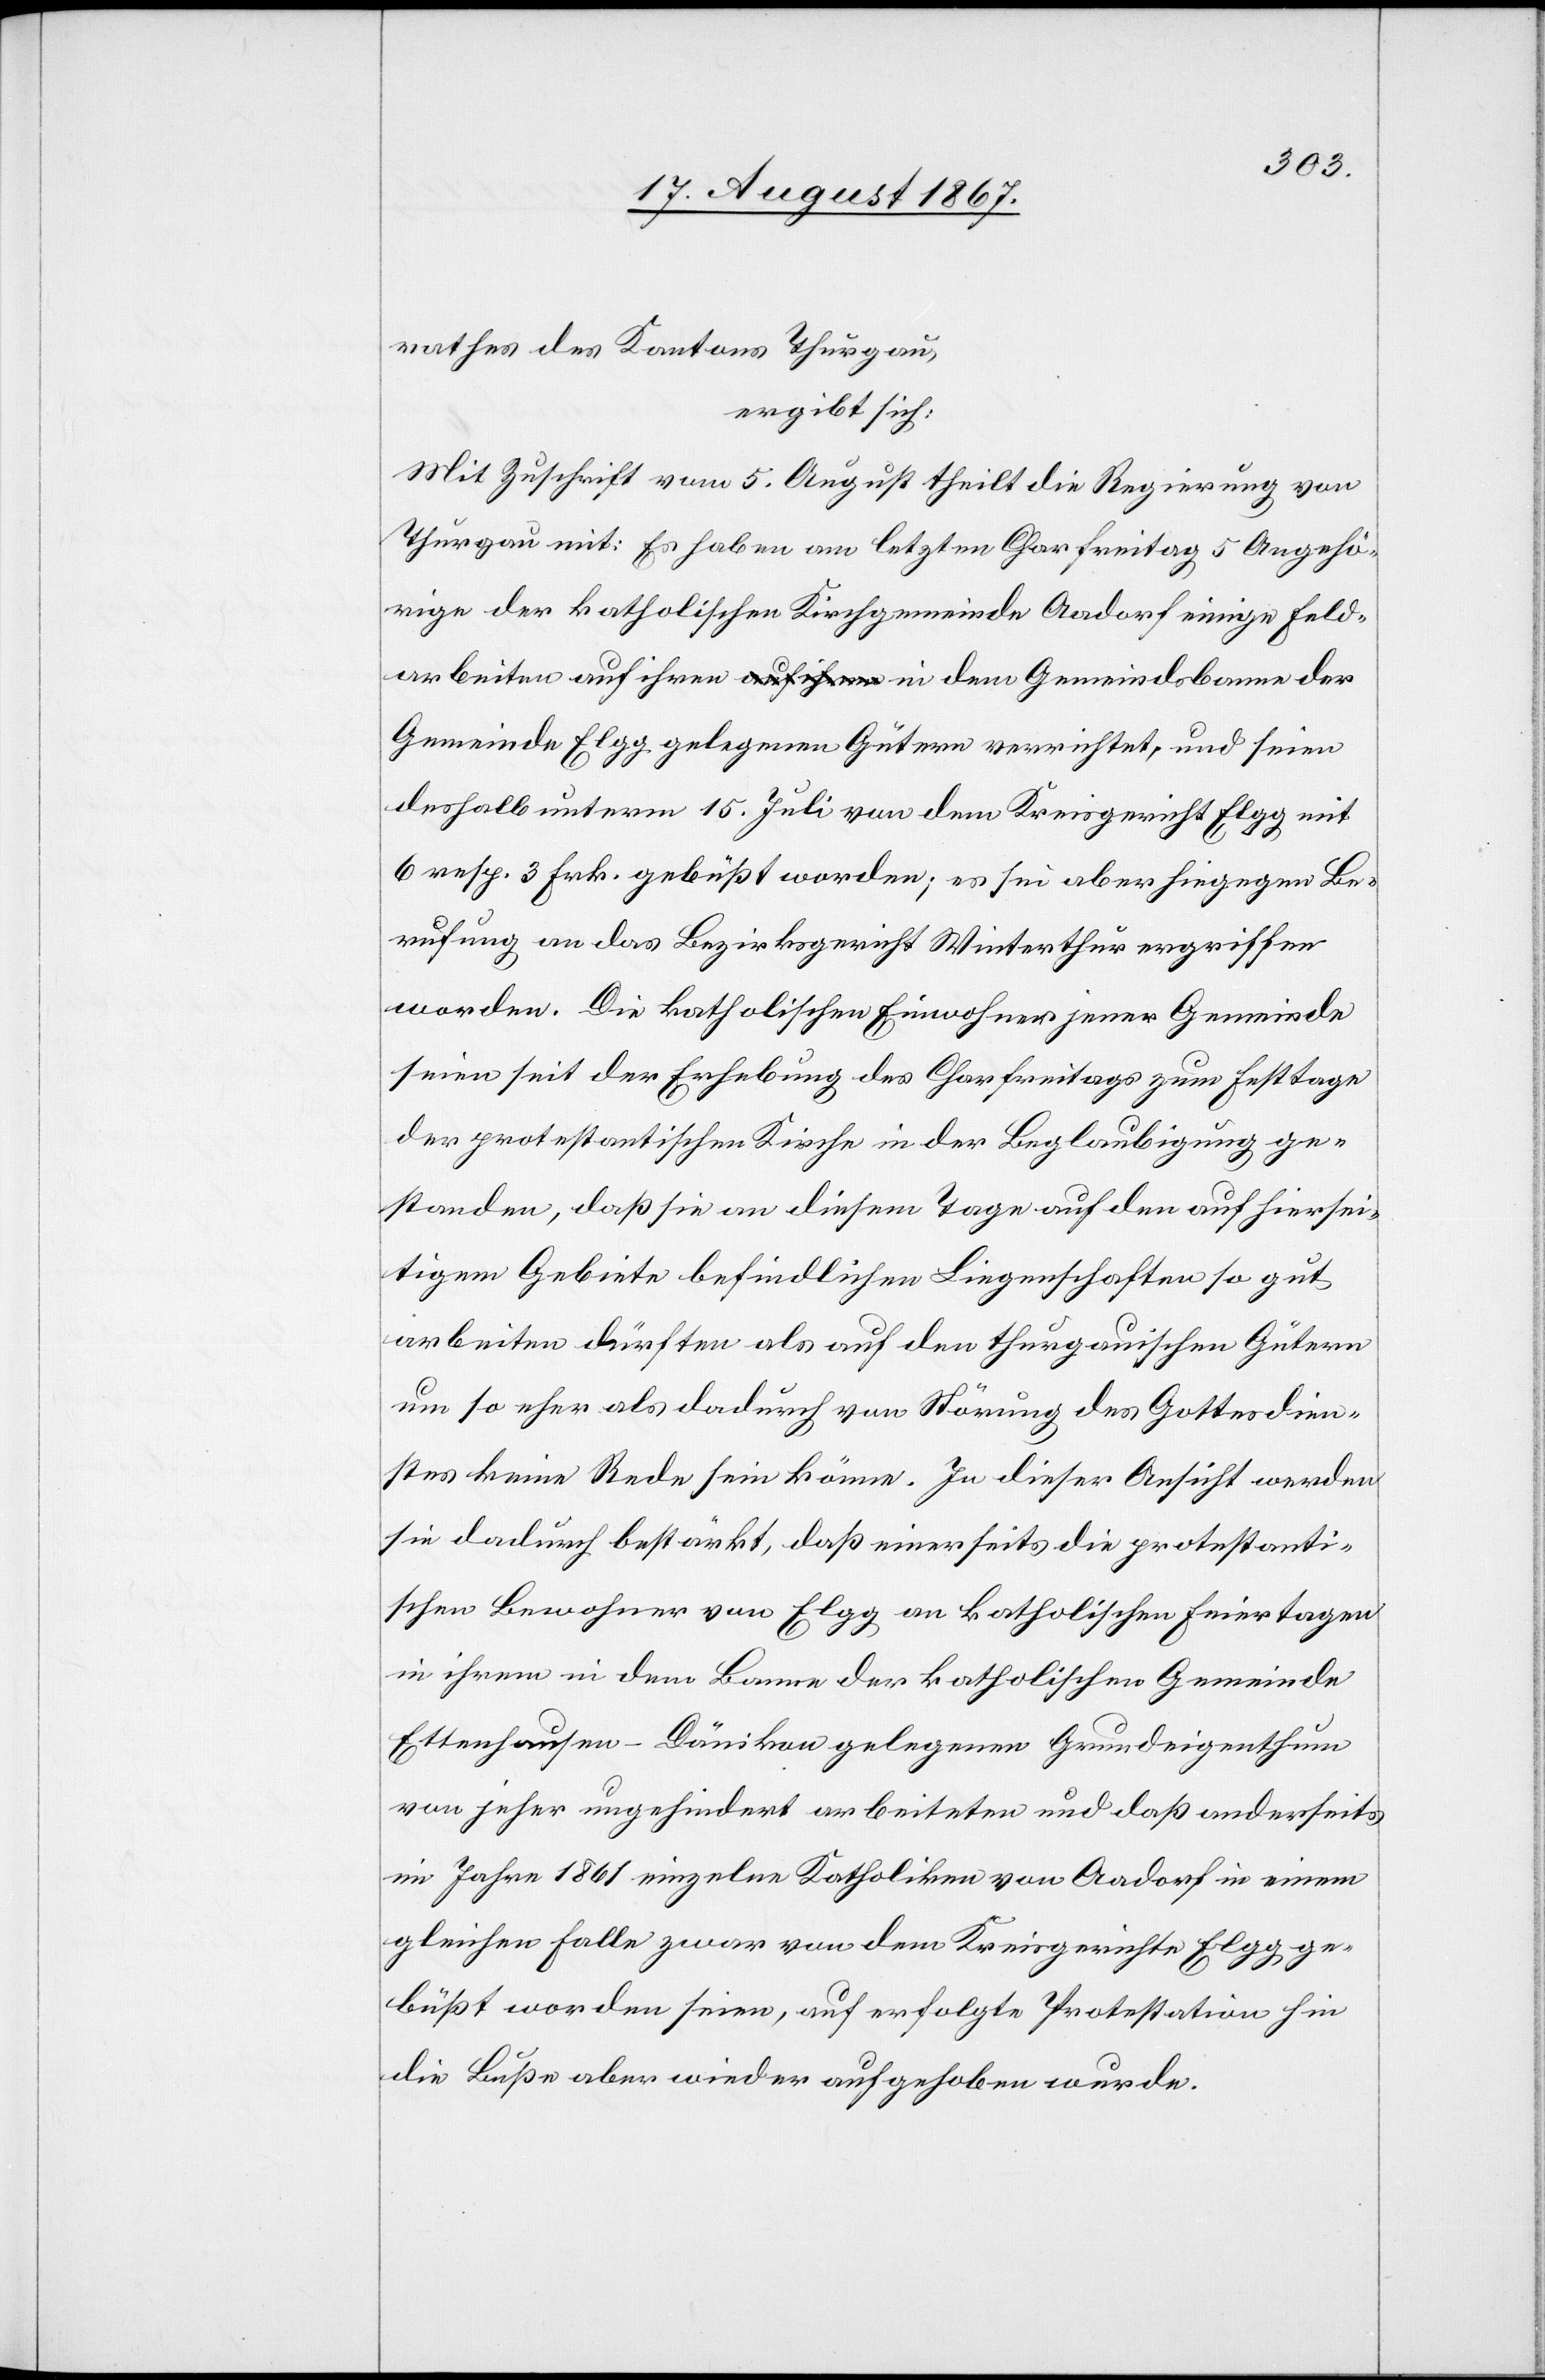
rathes des Kantons Thurgau,
ergibt sich:
Mit Zuschrift vom 5. August theilt die Regierung von
Thurgau mit: Es haben am letzten Charfreitag 5 Angehö¬
rige der katholischen Kirchgemeinde Aadorf einige Feld¬
arbeiten auf ihren in dem Gemeindsbanne der
Gemeinde Elgg gelegenen Gütern verrichtet, und seien
deshalb unterm 15. Juli von dem Kreisgericht Elgg mit
6 rsp. 3 Frk. gebüßt worden; es sei aber hiegegen Be¬
rufung an das Bezirksgericht Winterthur ergriffen
worden. Die katholischen Einwohner jener Gemeinde
seien seit der Erhebung des Charfreitags zum Festtage
der protestantischen Kirche in der Beglaubigung ge¬
standen, daß sie an diesem Tage auf den auf hiersei¬
tigem Gebiet befindlichen Liegenschaften so gut
arbeiten dürften als auf den thurgauischen Gütern,
um so eher als dadurch von Störung des Gottesdien¬
stes keine Rede sein könne. In dieser Ansicht werden
sie dadurch bestärkt, daß einerseits die protestanti¬
schen Bewohner von Elgg an katholischen Feiertagen
in ihrem in dem Banne der katholischen Gemeinde
Ettenhausen-Danikon gelegenen Grundeigenthum
von jeher ungehindert arbeiteten und daß anderseits
im Jahre 1861 einzelne Katholiken von Aadorf in einem
gleichen Falle zwar von dem Kreisgerichte Elgg ge¬
büßt worden seien, auf erfolgte Protestation hin
die Buße aber wieder aufgehoben wurde.